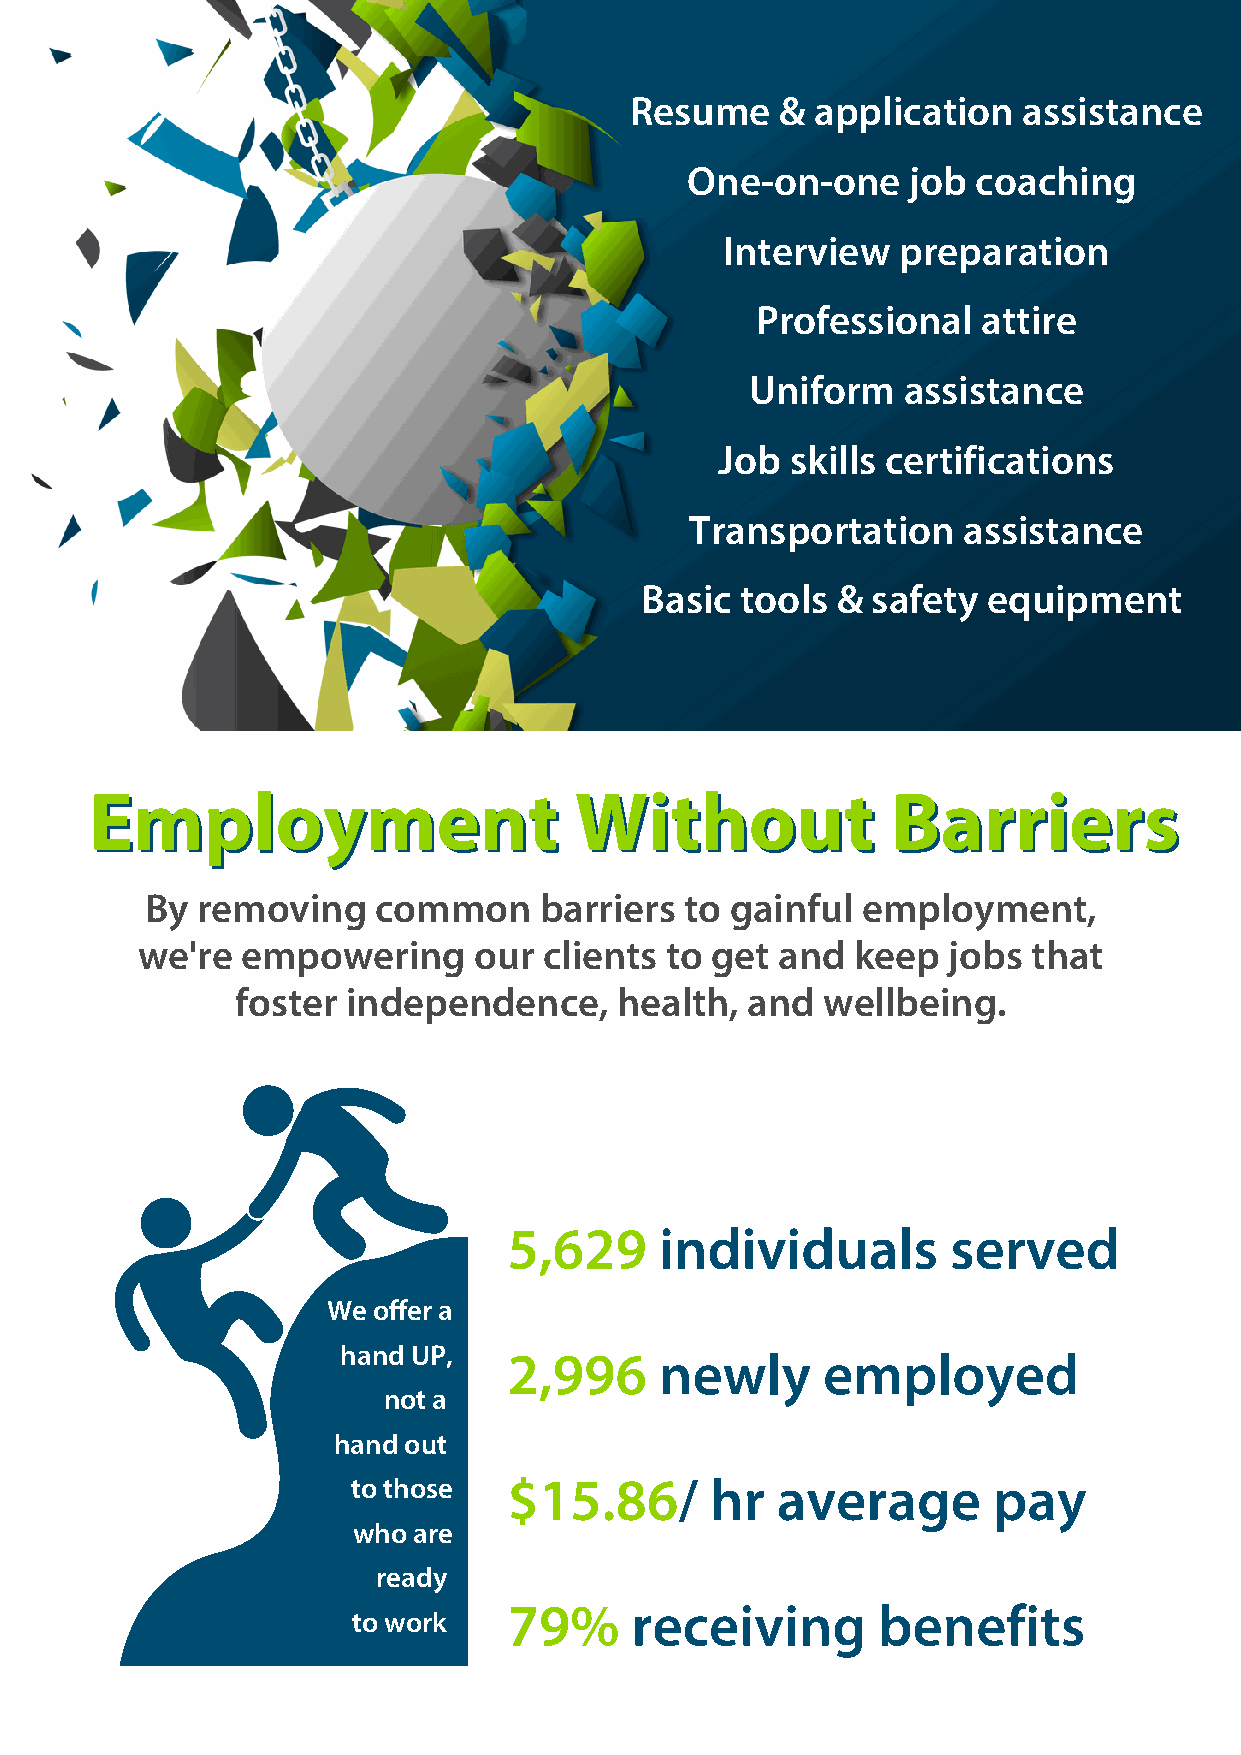
Resume    & application   assistance
 One-on-one     job  coaching
 Interview  preparation
 Professional   attire
 Uniform   assistance
 Job skills certifications
 Transportation    assistance
 Basic  tools &  safety equipment
 EEmmppllooyymmeenntt            WWiitthhoouutt       BBaarrrriieerrss
 By removing    common     barriers to gainful  employment,
 we're  empowering     our  clients to get and   keep  jobs that
 foster independence,     health, and  wellbeing.
 5,629     individuals        served
 We offer a
 hand UP,
 2,996     newly     employed
 not a
 hand out
 to those   $15.86/      hr  average        pay
 who are
 ready
 79%     receiving       benefits
 to work